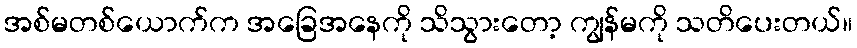
အစ်မတစ်ယောက်က အခြေအနေကို သိသွားတော့ ကျွန်မကို သတိပေးတယ်။